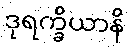
ဒုရက္ခိယာနိ